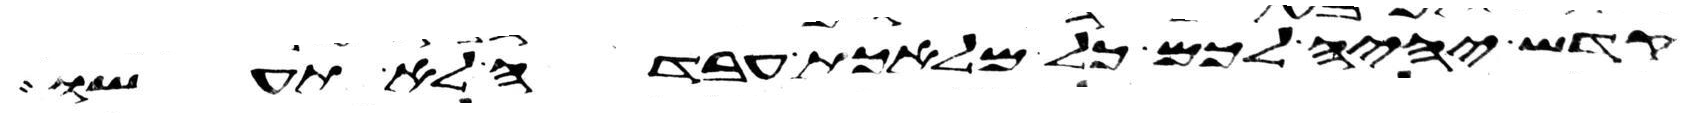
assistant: קדש יהיה לכם כל מלאכת עבדה לא תעשו